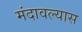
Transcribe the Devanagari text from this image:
मंदावल्यास